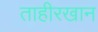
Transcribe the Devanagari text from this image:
ताहीरखान